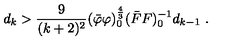
d _ { k } > \frac { 9 } { ( k + 2 ) ^ { 2 } } ( \bar { \varphi } \varphi ) _ { 0 } ^ { \frac { 4 } { 3 } } ( \bar { F } F ) _ { 0 } ^ { - 1 } d _ { k - 1 } \ .